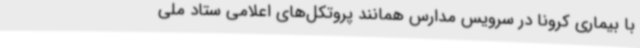
با بیماری کرونا در سرویس مدارس همانند پروتکل‌های اعلامی ستاد ملی